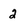
Character: 2